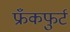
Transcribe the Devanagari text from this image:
फ्रँकफुर्ट